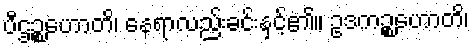
ပီဌဉ္စဟောတိ၊ နေရာလည်းခင်းနှင့်၏။ ဥဒကဉ္စဟောတိ၊